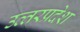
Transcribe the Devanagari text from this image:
उत्‍तरप्रदेश